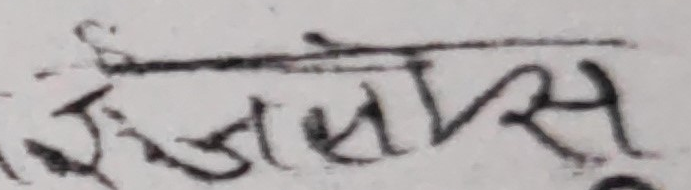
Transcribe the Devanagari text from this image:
रोजाप्लस